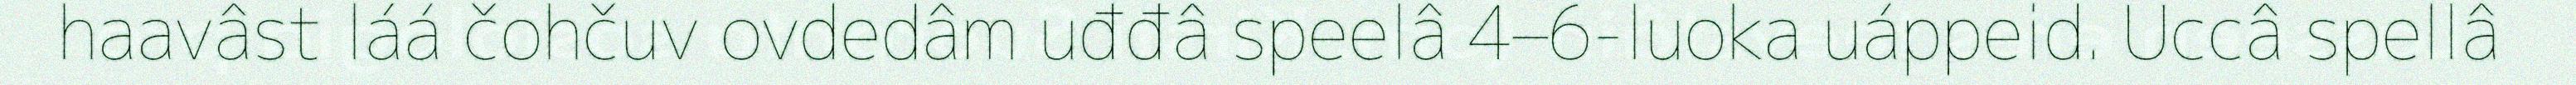
haavâst láá čohčuv ovdedâm uđđâ speelâ 4–6-luoka uáppeid. Uccâ spellâ